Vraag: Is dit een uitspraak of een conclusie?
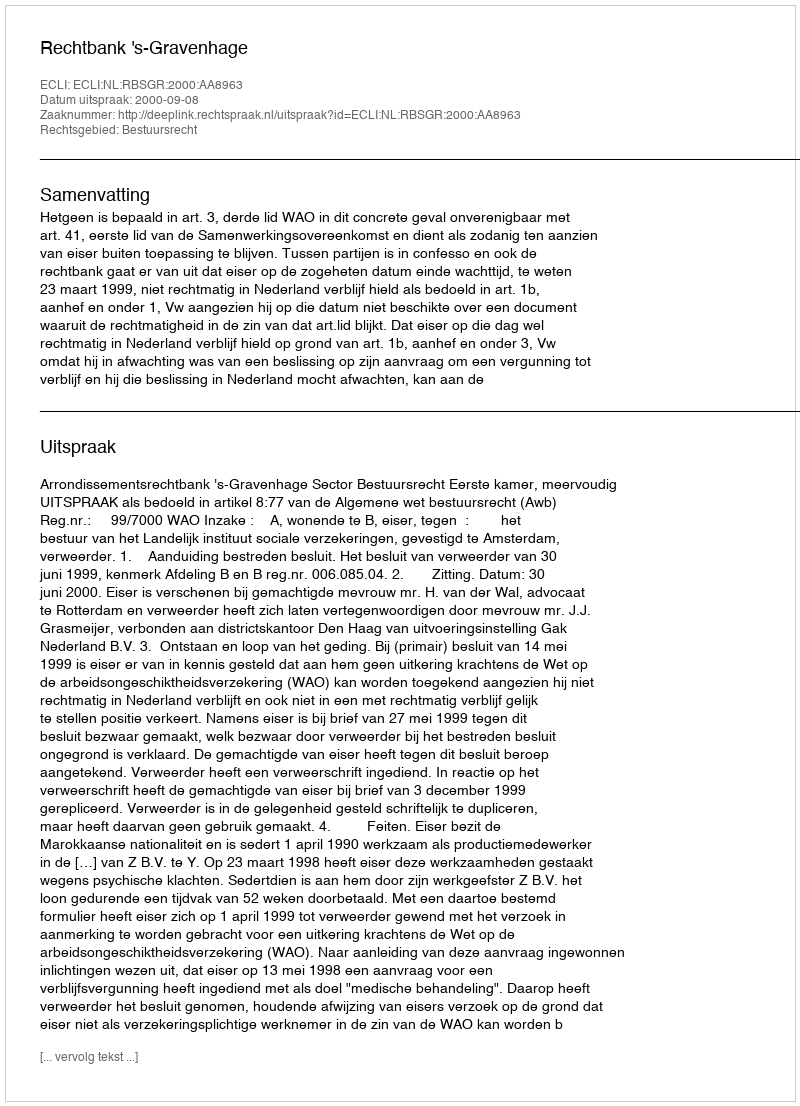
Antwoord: Uitspraak